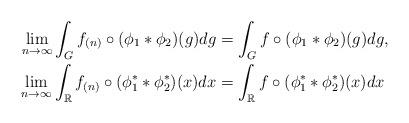
LaTeX: \begin{align*} \lim_{n \to \infty} \int_{G}^{} f_{(n)} \circ ( \phi_1 * \phi_2 ) (g) dg & = \int_{G}^{} f \circ ( \phi_1 * \phi_2 ) (g) dg, \\ \lim_{n \to \infty} \int_{\mathbb{R}}^{} f_{(n)} \circ ( \phi_1^* * \phi_2^* ) (x) dx & = \int_{\mathbb{R}}^{} f \circ ( \phi_1^* * \phi_2^* ) (x) dx \end{align*}